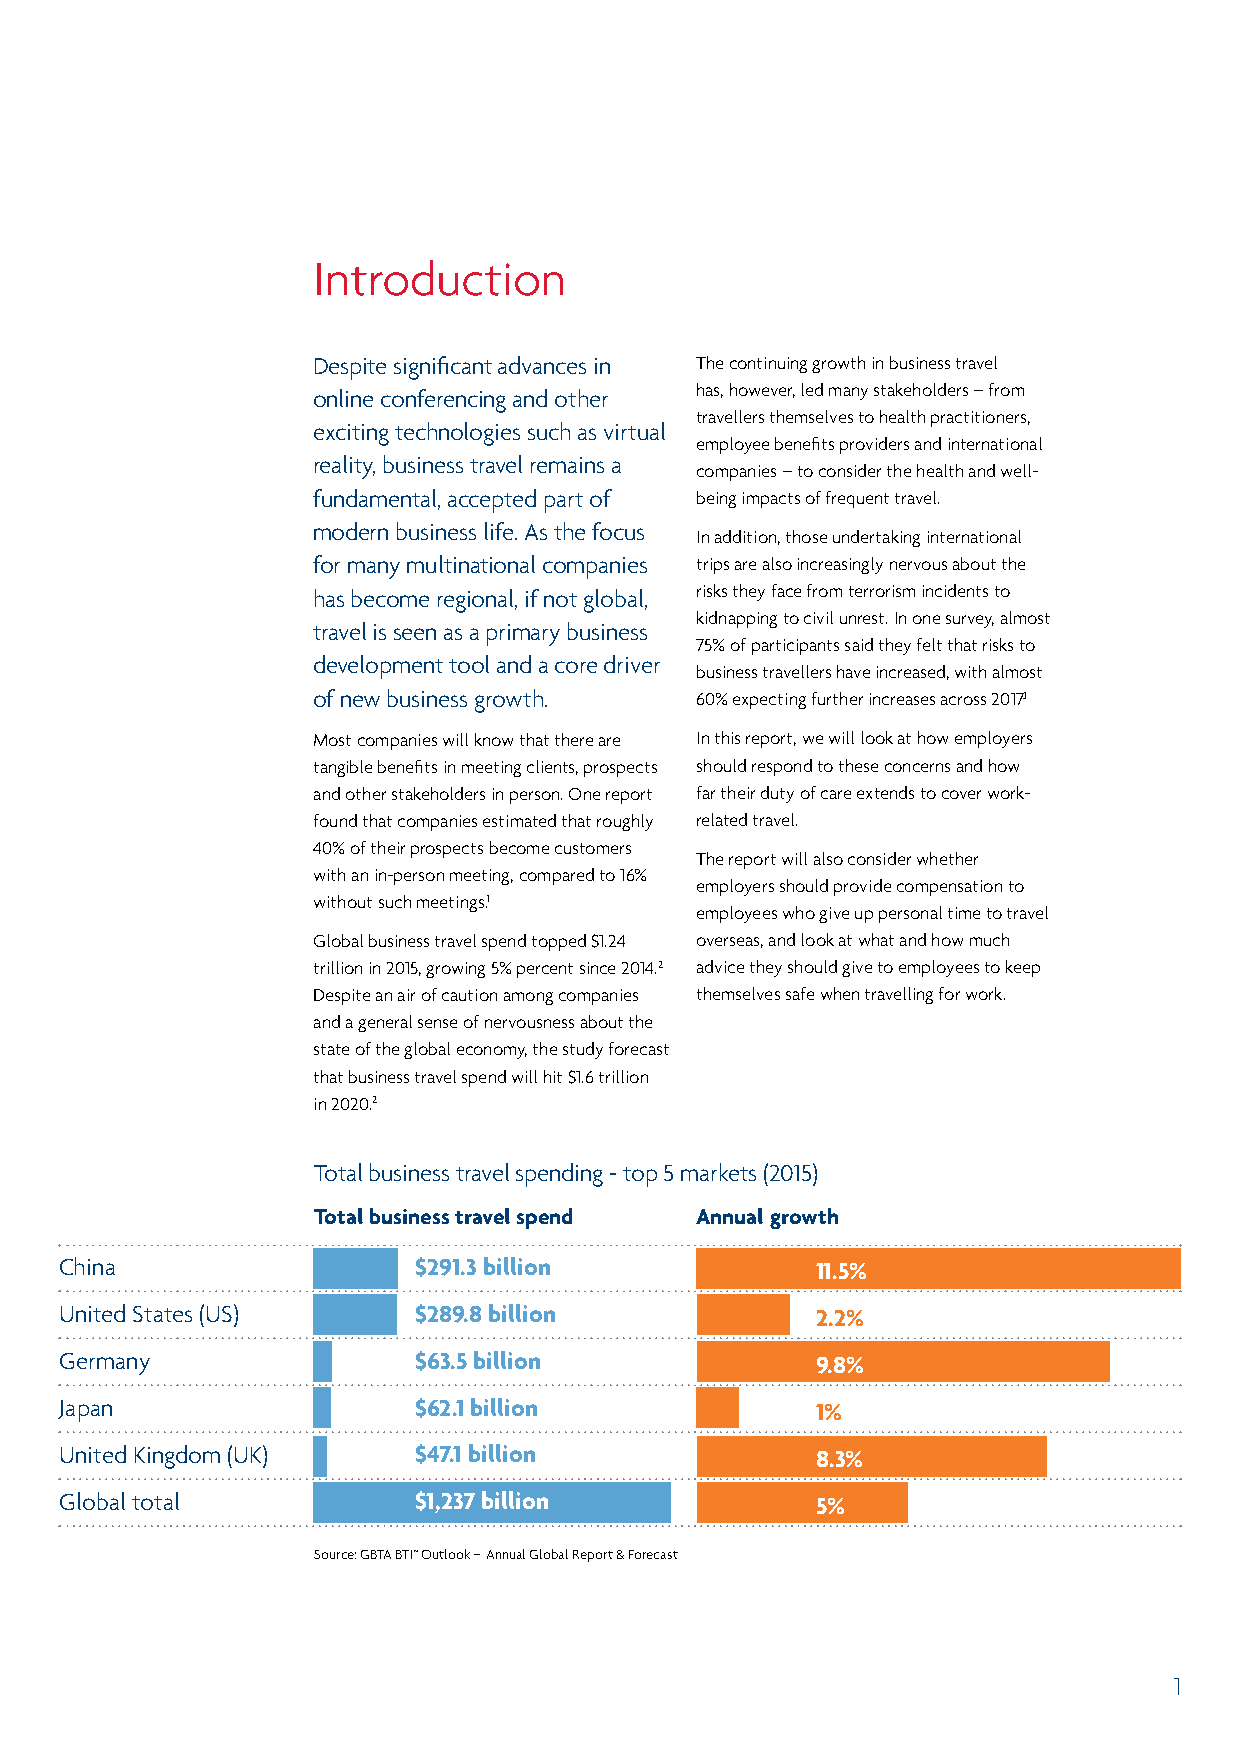
Introduction
 Despite significant advances in The continuing growth in business travel
 has, however, led many stakeholders – from
 online conferencing and other
 travellers themselves to health practitioners,
 exciting technologies such as virtual
 employee benefits providers and international
 reality, business travel remains a
 companies – to consider the health and well-
 fundamental, accepted part of being impacts of frequent travel.
 modern business life. As the focus
 In addition, those undertaking international
 for many multinational companies trips are also increasingly nervous about the
 has become regional, if not global, risks they face from terrorism incidents to
 kidnapping to civil unrest. In one survey, almost
 travel is seen as a primary business
 75% of participants said they felt that risks to
 development tool and a core driver
 business travellers have increased, with almost
 of new business growth.  60% expecting further increases across 2017.1
 Most companies will know that there are In this report, we will look at how employers
 tangible benefits in meeting clients, prospects should respond to these concerns and how
 and other stakeholders in person. One report far their duty of care extends to cover work-
 found that companies estimated that roughly related travel.
 40% of their prospects become customers
 The report will also consider whether
 with an in-person meeting, compared to 16%
 employers should provide compensation to
 without such meetings.1
 employees who give up personal time to travel
 Global business travel spend topped $1.24 overseas, and look at what and how much
 trillion in 2015, growing 5% percent since 2014.2 advice they should give to employees to keep
 Despite an air of caution among companies themselves safe when travelling for work.
 and a general sense of nervousness about the
 state of the global economy, the study forecast
 that business travel spend will hit $1.6 trillion
 in 2020.2
 Total business travel spending - top 5 markets (2015)
 Total business travel spend Annual growth
 China                  $291.3 billion             11.5%
 United States (US)     $289.8 billion             2.2%
 Germany                $63.5 billion              9.8%
 Japan                  $62.1 billion              1%
 United Kingdom (UK)    $47.1 billion              8.3%
 Global total           $1,237 billion             5%
 Source: GBTA BTI™ Outlook – Annual Global Report & Forecast
 1